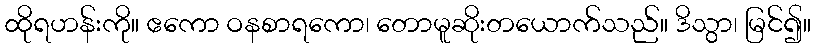
ထိုရဟန်းကို။ ဧကော ဝနစာရကော၊ တောမူဆိုးတယောက်သည်။ ဒိသွာ၊ မြင်၍။